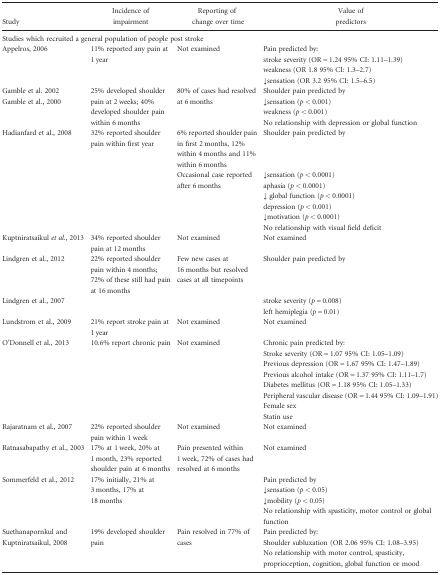
<table><thead><tr><td><b>Study</b></td><td><b>Incidence of impairment</b></td><td><b>Reporting of change over time</b></td><td><b>Value of predictors</b></td></tr><tr><td colspan="4"><b>Studies which recruited a general population of people post stroke</b></td></tr></thead><tbody><tr><td rowspan="4">Appelros, 2006</td><td rowspan="4">11% reported any pain at 1 year</td><td rowspan="4">Not examined</td><td>Pain predicted by:</td></tr><tr><td>stroke severity (OR = 1.24 95% CI: 1.11–1.39)</td></tr><tr><td>weakness (OR 1.8 95% CI: 1.3–2.7)</td></tr><tr><td>↓sensation (OR 3.2 95% CI: 1.5–6.5)</td></tr><tr><td rowspan="4">Gamble et al. 2002Gamble et al., 2000</td><td rowspan="4">25% developed shoulder pain at 2 weeks; 40% developed shoulder pain within 6 months</td><td rowspan="4">80% of cases had resolved at 6 months</td><td>Shoulder pain predicted by</td></tr><tr><td>↓sensation (<i>p</i> &lt; 0.001)</td></tr><tr><td>weakness (<i>p</i> &lt; 0.001)</td></tr><tr><td>No relationship with depression or global function</td></tr><tr><td rowspan="7">Hadianfard et al., 2008</td><td rowspan="7">32% reported shoulder pain within first year</td><td>6% reported shoulder pain in first 2 months, 12% within 4 months and 11% within 6 months</td><td>Shoulder pain predicted by</td></tr><tr><td rowspan="6">Occasional case reported after 6 months</td><td>↓sensation (<i>p</i> &lt; 0.0001)</td></tr><tr><td>aphasia (<i>p</i> &lt; 0.0001)</td></tr><tr><td>↓ global function (<i>p</i> &lt; 0.0001)</td></tr><tr><td>depression (<i>p</i> &lt; 0.001)</td></tr><tr><td>↓motivation (<i>p</i> &lt; 0.0001)</td></tr><tr><td>No relationship with visual field deficit</td></tr><tr><td>Kuptniratsaikul <i>et al.</i>, 2013</td><td>34% reported shoulder pain at 12 months</td><td>Not examined</td><td>Not examined</td></tr><tr><td>Lindgren et al., 2012</td><td>22% reported shoulder pain within 4 months; 72% of these still had pain at 16 months</td><td>Few new cases at 16 months but resolved cases at all timepoints</td><td>Shoulder pain predicted by</td></tr><tr><td rowspan="2">Lindgren et al., 2007</td><td rowspan="2"></td><td rowspan="2"></td><td>stroke severity (<i>p</i> = 0.008)</td></tr><tr><td>left hemiplegia (<i>p</i> = 0.01)</td></tr><tr><td>Lundstrom et al., 2009</td><td>21% report stroke pain at 1 year</td><td>Not examined</td><td>Not examined</td></tr><tr><td rowspan="8">O&#x27;Donnell et al., 2013</td><td rowspan="8">10.6% report chronic pain</td><td rowspan="8">Not examined</td><td>Chronic pain predicted by:</td></tr><tr><td>Stroke severity (OR = 1.07 95% CI: 1.05–1.09)</td></tr><tr><td>Previous depression (OR = 1.67 95% CI: 1.47–1.89)</td></tr><tr><td>Previous alcohol intake (OR = 1.37 95% CI: 1.11–1.7)</td></tr><tr><td>Diabetes mellitus (OR = 1.18 95% CI: 1.05–1.33)</td></tr><tr><td>Peripheral vascular disease (OR = 1.44 95% CI: 1.09–1.91)</td></tr><tr><td>Female sex</td></tr><tr><td>Statin use</td></tr><tr><td>Rajaratnam et al., 2007</td><td>22% reported shoulder pain within 1 week</td><td>Not examined</td><td>Not examined</td></tr><tr><td>Ratnasabapathy et al., 2003</td><td>17% at 1 week, 20% at 1 month, 23% reported shoulder pain at 6 months</td><td>Pain presented within 1 week, 72% of cases had resolved at 6 months</td><td>Not examined</td></tr><tr><td rowspan="4">Sommerfeld et al., 2012</td><td rowspan="4">17% initially, 21% at 3 months, 17% at 18 months</td><td rowspan="4"></td><td>Pain predicted by</td></tr><tr><td>↓sensation (<i>p</i> &lt; 0.05)</td></tr><tr><td>↓mobility (<i>p</i> &lt; 0.05)</td></tr><tr><td>No relationship with spasticity, motor control or global function</td></tr><tr><td rowspan="3">Suethanapornkul and Kuptniratsaikul, 2008</td><td rowspan="3">19% developed shoulder pain</td><td rowspan="3">Pain resolved in 77% of cases</td><td>Pain predicted by:</td></tr><tr><td>Shoulder subluxation (OR 2.06 95% CI: 1.08–3.95)</td></tr><tr><td>No relationship with motor control, spasticity, proprioception, cognition, global function or mood</td></tr></tbody></table>